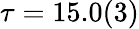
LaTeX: \tau=15.0(3)